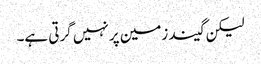
لیکن گیند زمین پر نہیں گرتی ہے۔